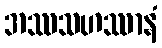
အဿသဟဿာနံ